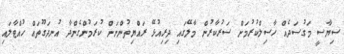
ސިޔާސީ މަގުސަދެއް ހާސިލްކުރުމަށް ސަރުކާރުން މާލޭގައި ދިރިއުޅޭ ރައްޔިތުންނަށް ކުރަމުންގެންދާ އުނދަގޫތައް ހުއްޓާލައި